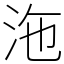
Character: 沲